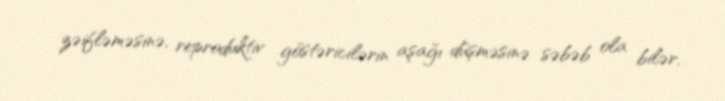
zəifləməsinə, reproduktiv göstəricilərin aşağı düşməsinə səbəb ola bilər.